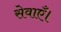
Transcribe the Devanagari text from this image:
सेवाएँ।